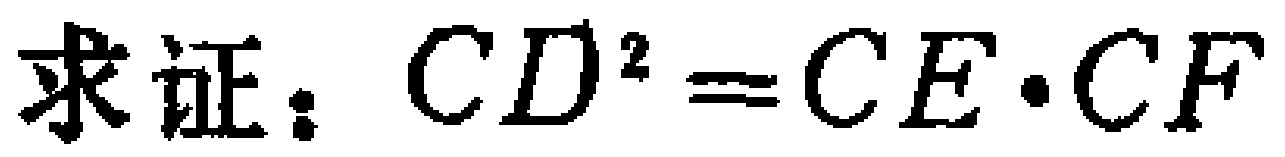
求证：\(CD^{2}=CE\cdot CF\)